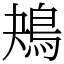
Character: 鴂